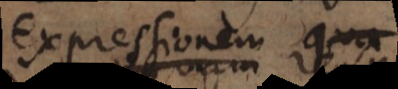
expressionem rei